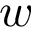
w